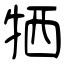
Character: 牺